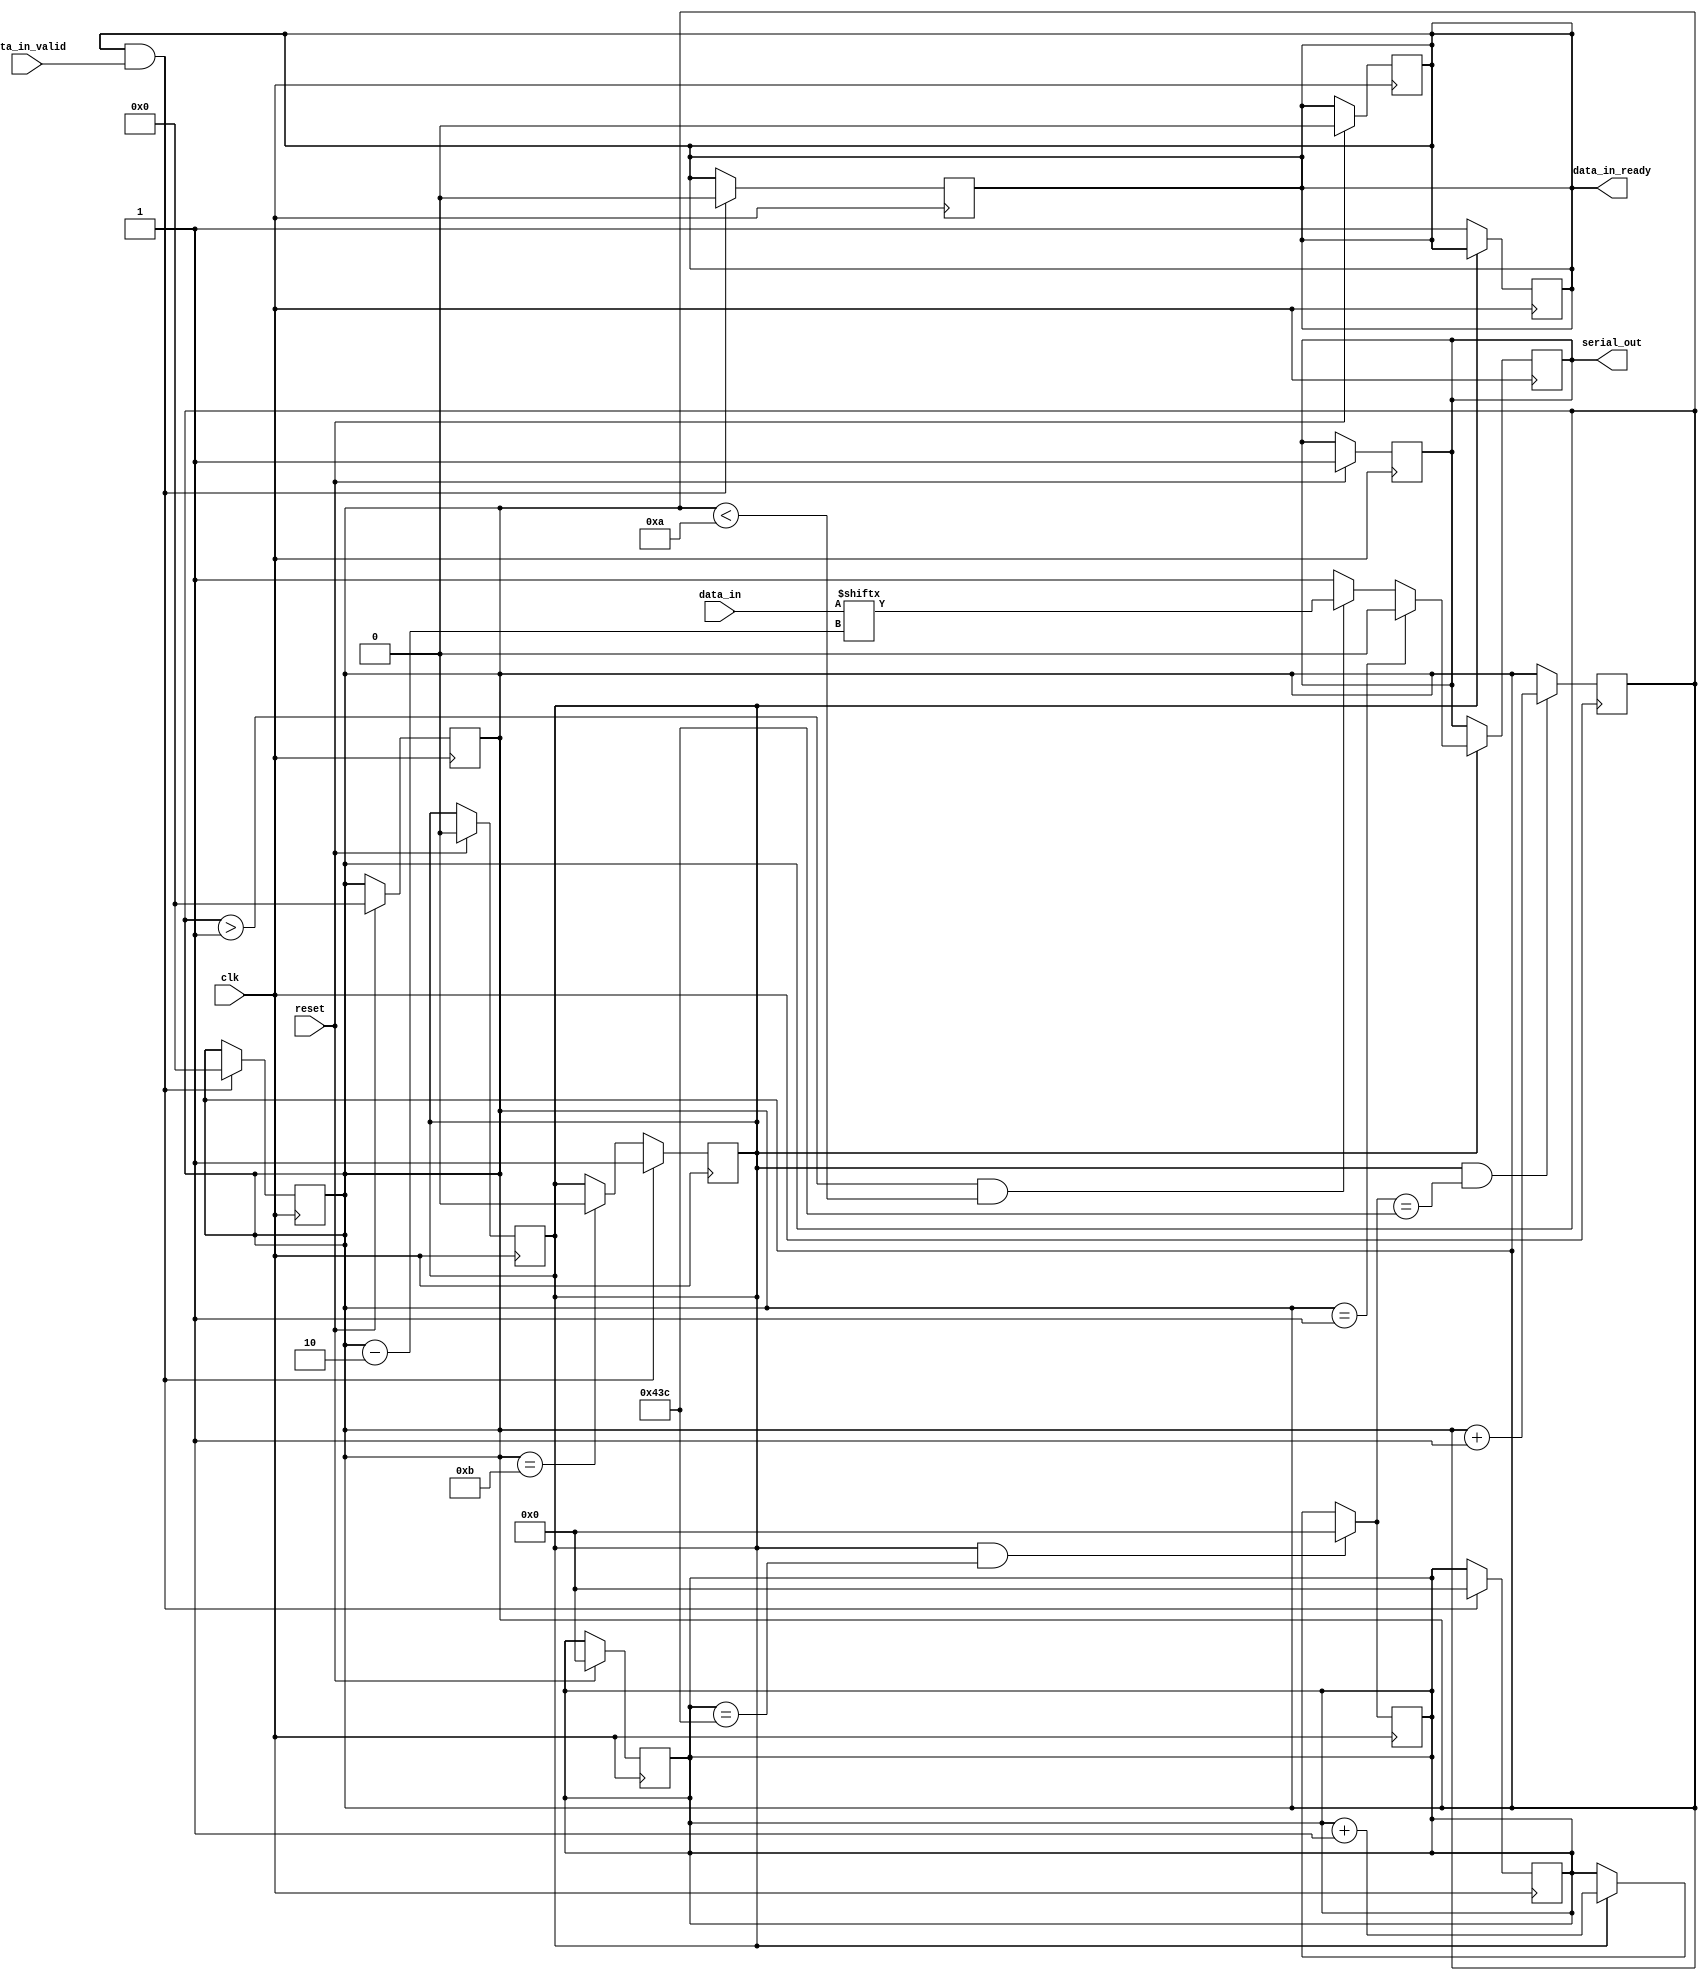
// Status:      works fine

module uart_transmitter #(
    parameter CLOCK_FREQ = 125_000_000,
    parameter BAUD_RATE = 115_200)
(
    input clk,
    input reset,

    input [7:0] data_in,
    input data_in_valid,
    output data_in_ready,

    output serial_out
);
    // See diagram in the lab guide
    localparam  SYMBOL_EDGE_TIME    =   CLOCK_FREQ / BAUD_RATE;
    localparam  SAMPLE_TIME         =   SYMBOL_EDGE_TIME / 2;
    localparam  CLOCK_COUNTER_WIDTH =   $clog2(SYMBOL_EDGE_TIME);

    reg [3:0] bit_counter;
    reg [9:0] bit_sequence;
    reg [10:0] counter;
    reg data_in_ready_buffer;
    reg serial_out_buffer;
    reg working;

    

    assign data_in_ready = data_in_ready_buffer;
    assign serial_out = serial_out_buffer;

    // synchronous reset
    always @(posedge clk)
    begin
        if (reset)
        begin
            bit_counter = 4'b0;
            bit_sequence = 10'b0;
            counter = 11'b0;
            data_in_ready_buffer = 1'b0;
            serial_out_buffer = 1'b1;
            working = 1'b0;
        end
    end

    // counters (counter from 0 upto SYMBOL_EDGE_TIME-1 and bit_counter from 0 upto 10)
    always @(posedge clk)
    begin
        counter = (working && counter == SYMBOL_EDGE_TIME-1) ? 'b0 : (working) ? counter + 1 : counter;
        bit_counter = (working && counter == SYMBOL_EDGE_TIME-1) ? bit_counter + 1 : bit_counter;
    end

    // is the transmitter currently transmitting?
    always @(posedge clk)
    begin
        if (data_in_ready && data_in_valid)
        begin
            bit_counter = 'b0;
            counter = 'b0;
            data_in_ready_buffer = 1'b0;
            working = 1'b1;
        end
        else if (bit_counter == 11)
        begin
            working = 1'b0;
        end
    end

    // implementation of the ready-valid interface
    always @(posedge clk)
    begin
        if (!working)
        begin
            data_in_ready_buffer = 1'b1;
        end
        else
        begin
            serial_out_buffer = (bit_counter == 1) ? 1'b0 :
                                (bit_counter > 1 && bit_counter < 10) ? data_in[bit_counter - 2] : 
                                (bit_counter == 10) ? 1'b1 : 1'b1;
        end
    end


    /*  AN OLD IMPLEMENTATION ATTEMPT

    reg [3:0] bit_counter;
    reg [10:0] counter;
    reg processing;
    reg [9:0] data_sequence;

    wire sampling_moment;

    assign data_in_ready = ~processing;

    assign sampling_moment = (counter == SAMPLE_TIME);

    assign serial_out = data_sequence[bit_counter];

    // clock counter, bit counter, and adding the start/stop bits to the sequence
    always @(posedge clk)
    begin
        counter <= (reset) || (data_in_ready && data_in_valid) || (counter == SYMBOL_EDGE_TIME-1) ? 11'b0 : (processing) ? counter + 1 : counter;
        bit_counter <= (reset) || (data_in_ready && data_in_valid) ? 4'b0 : (counter == SYMBOL_EDGE_TIME-1) ? bit_counter + 1 : bit_counter;
        data_sequence <= (reset) ? 10'b0 : data_sequence;
    end

    // take the serial data in
    always @(posedge clk)
    begin
        if (counter == 11'b0)
        begin
            data_sequence = {1'b1, data_in, 1'b0};
        end
    end

    // give the ready signal out
    always @(posedge clk)
    begin
        processing <= (reset || bit_counter == 10) || (data_in_ready && data_in_valid) ? 1'b0 : 1'b1;
    end

    // Remove these assignments when implementing this module
    // assign serial_out = 1'b0;
    // assign data_in_ready = 1'b0;

    */

endmodule